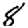
Digit: 8